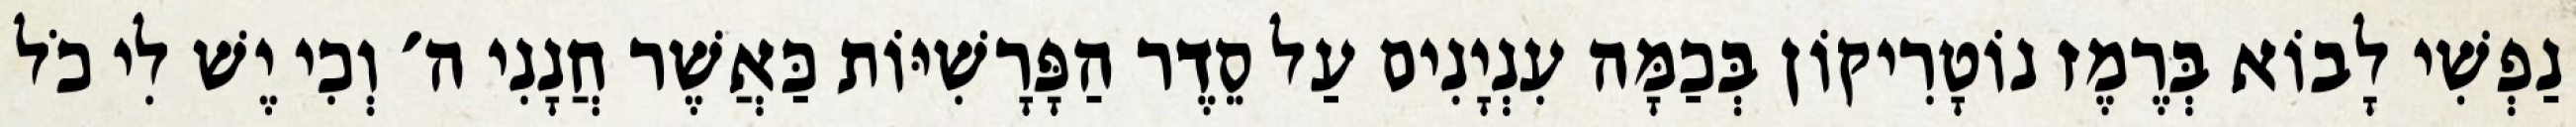
נַפְשִׁי לָבוֹא בְּרֶמֶז נוֹטָרִיקוֹן בְּכַמָּה עִנְיָנִים עַל סֵדֶר הַפָּרָשִׁיּוֹת כַּאֲשֶׁר חֲנָנִי ה׳ וְכִי יֶשׁ לִי כֹל